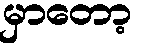
မှာတော့